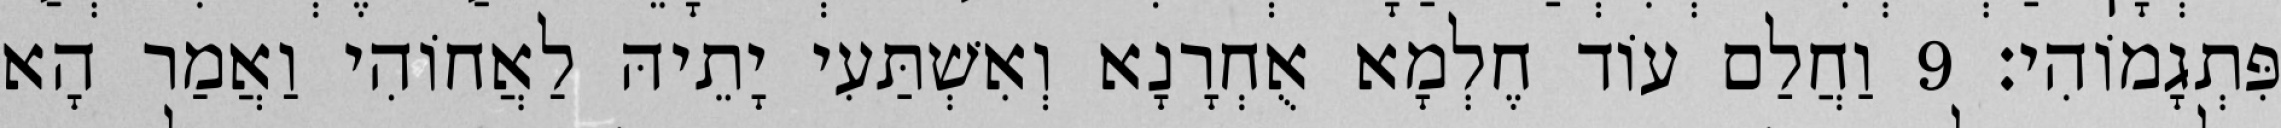
פִּתְגָמוֹהִי׃ 9 וַחֲלַם עוֹד חֶלְמָא אֻחְרָנָא וְאִשְׁתַּעִי יָתֵיהּ לַאֲחוֹהִי וַאֲמַר הָא